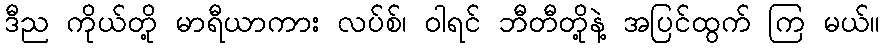
ဒီည ကိုယ်တို့ မာရီယာကား လပ်စ်၊ ဝါရင် ဘီတီတို့နဲ့ အပြင်ထွက် ကြ မယ်။